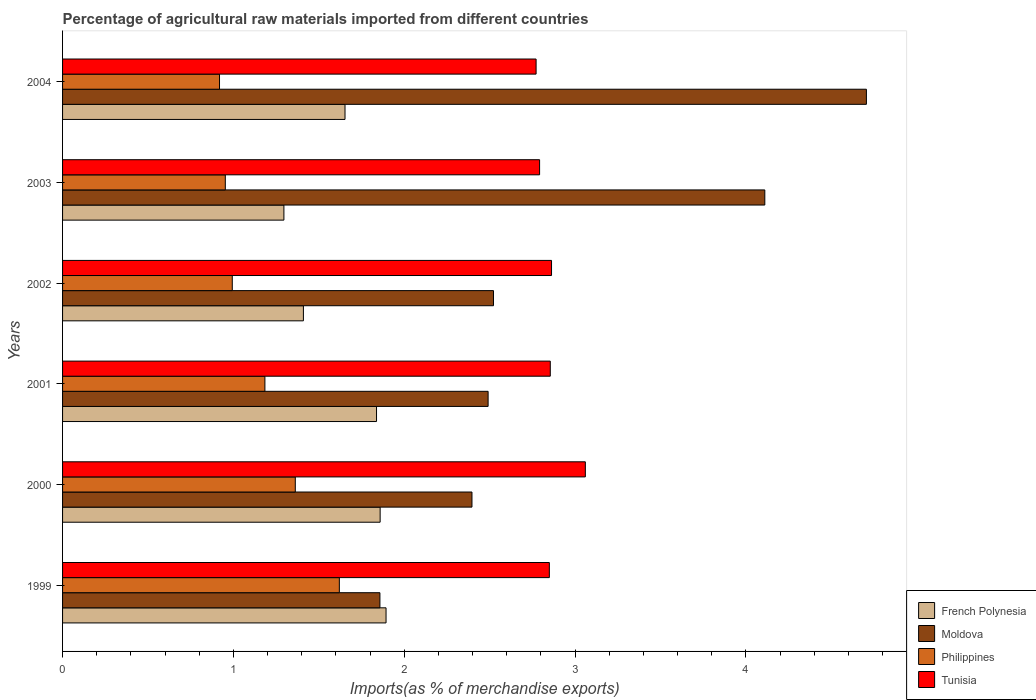
| Years | French Polynesia | Moldova | Philippines | Tunisia |
 | --- | --- | --- | --- | --- |
 | 1999 | 1.89 | 1.86 | 1.62 | 2.85 |
 | 2000 | 1.86 | 2.4 | 1.36 | 3.06 |
 | 2001 | 1.84 | 2.49 | 1.18 | 2.85 |
 | 2002 | 1.41 | 2.52 | 0.993 | 2.86 |
 | 2003 | 1.3 | 4.11 | 0.953 | 2.79 |
 | 2004 | 1.65 | 4.71 | 0.919 | 2.77 |